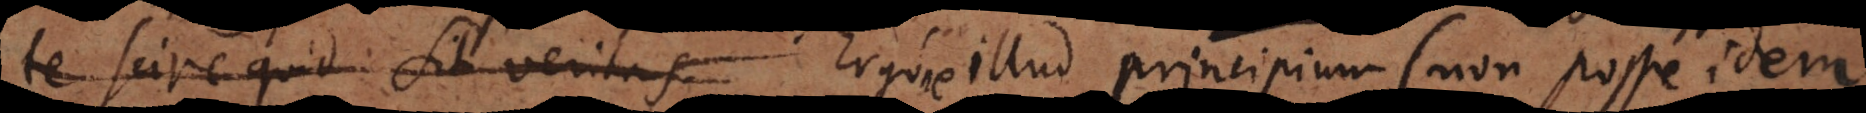
te scire quid sit veritas Ergo illud principium (non posse idem